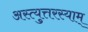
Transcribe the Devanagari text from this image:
अस्त्युत्तरस्याम्